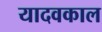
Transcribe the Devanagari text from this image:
यादवकाल